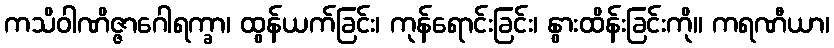
ကသိဝါဏိဇ္ဇာဂေါရက္ခာ၊ ထွန်ယက်ခြင်း၊ ကုန်ရောင်းခြင်း၊ နွားထိန်းခြင်းကို။ ကရဏီယာ၊